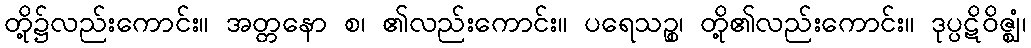
တို့၌လည်းကောင်း။ အတ္တနော စ၊ ၏လည်းကောင်း။ ပရေသဉ္စ၊ တို့၏လည်းကောင်း။ ဒုပ္ပဋိဝိဇ္ဈံ၊